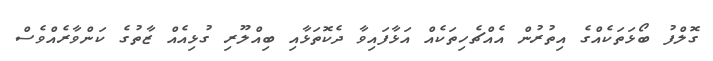
ގޮލްފު ބޯޅަތަކެއްގެ އިތުރުން އެއްޗެހިތަކެއް އަޅާފައިވާ ދެކޮތަޅާއި ބިއްލޫރި ގުޅިއެއް ޒާތުގެ ކަންވާރެއްވެސް